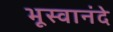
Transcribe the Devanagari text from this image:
भूस्वानंदे